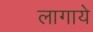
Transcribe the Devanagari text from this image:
लागाये